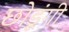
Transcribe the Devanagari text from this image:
छोडूंगी